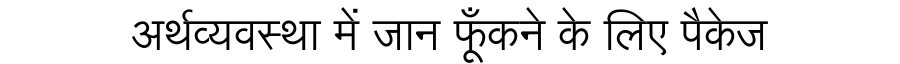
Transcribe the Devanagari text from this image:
अर्थव्यवस्था में जान फूँकने के लिए पैकेज